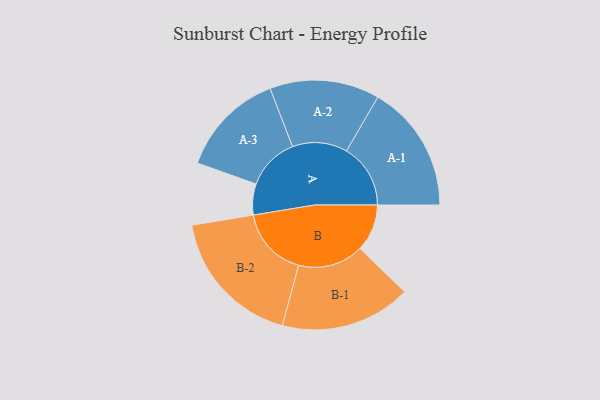
{"axis": {"x": "Segment", "y": "Value"}, "legend": ["", "A", "B"], "data": [{"x": "A", "y": 132, "type": ""}, {"x": "B", "y": 201, "type": ""}, {"x": "A-1", "y": 273, "type": "A"}, {"x": "A-2", "y": 234, "type": "A"}, {"x": "A-3", "y": 225, "type": "A"}, {"x": "B-1", "y": 279, "type": "B"}, {"x": "B-2", "y": 299, "type": "B"}]}